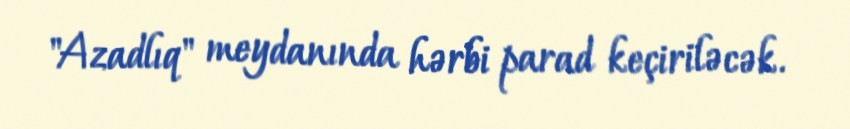
"Azadlıq" meydanında hərbi parad keçiriləcək.